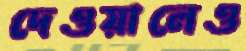
দেওয়ালেও